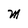
Character: M